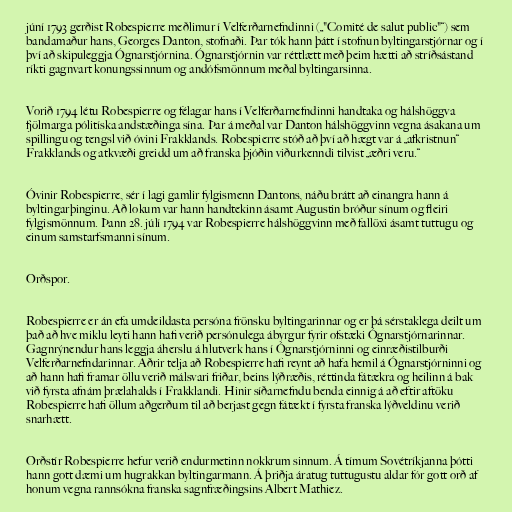
júní 1793 gerðist Robespierre meðlimur í Velferðarnefndinni („"Comité de salut public"“) sem
bandamaður hans, Georges Danton, stofnaði. Þar tók hann þátt í stofnun byltingarstjórnar og í
því að skipuleggja Ógnarstjórnina. Ógnarstjórnin var réttlætt með þeim hætti að stríðsástand
ríkti gagnvart konungssinnum og andófsmönnum meðal byltingarsinna.

Vorið 1794 létu Robespierre og félagar hans í Velferðarnefndinni handtaka og hálshöggva
fjölmarga pólitíska andstæðinga sína. Þar á meðal var Danton hálshöggvinn vegna ásakana um
spillingu og tengsl við óvini Frakklands. Robespierre stóð að því að hægt var á „afkristnun“
Frakklands og atkvæði greidd um að franska þjóðin viðurkenndi tilvist „æðri veru.“

Óvinir Robespierre, sér í lagi gamlir fylgismenn Dantons, náðu brátt að einangra hann á
byltingarþinginu. Að lokum var hann handtekinn ásamt Augustin bróður sínum og fleiri
fylgismönnum. Þann 28. júlí 1794 var Robespierre hálshöggvinn með fallöxi ásamt tuttugu og
einum samstarfsmanni sínum.

Orðspor.

Robespierre er án efa umdeildasta persóna frönsku byltingarinnar og er þá sérstaklega deilt um
það að hve miklu leyti hann hafi verið persónulega ábyrgur fyrir ofstæki Ógnarstjórnarinnar.
Gagnrýnendur hans leggja áherslu á hlutverk hans í Ógnarstjórninni og einræðistilburði
Velferðarnefndarinnar. Aðrir telja að Robespierre hafi reynt að hafa hemil á Ógnarstjórninni og
að hann hafi framar öllu verið málsvari friðar, beins lýðræðis, réttinda fátækra og heilinn á bak
við fyrsta afnám þrælahalds í Frakklandi. Hinir síðarnefndu benda einnig á að eftir aftöku
Robespierre hafi öllum aðgerðum til að berjast gegn fátækt í fyrsta franska lýðveldinu verið
snarhætt.

Orðstír Robespierre hefur verið endurmetinn nokkrum sinnum. Á tímum Sovétríkjanna þótti
hann gott dæmi um hugrakkan byltingarmann. Á þriðja áratug tuttugustu aldar fór gott orð af
honum vegna rannsókna franska sagnfræðingsins Albert Mathiez.